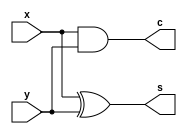
module half_adder(x,y,s,c);
   input x,y;
   output s,c;
   assign s=x^y;
   assign c=x&y;
endmodule // half adder